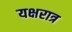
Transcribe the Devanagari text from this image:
यक्षरात्र